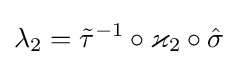
\lambda _{2}={\tilde {\tau }}^{-1}\circ \varkappa _{2}\circ {\hat {\sigma }}